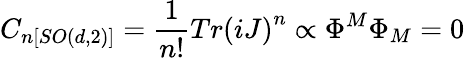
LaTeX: C_{n[SO(d,2)]}=\frac{1}{n!}Tr\left(iJ\right)^{n}\propto\Phi^{M}\Phi_{M}=0